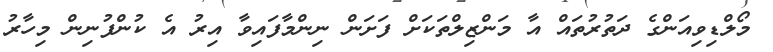
މޯލްޑިވިއަންގެ ދަތުރުތައް އާ މަންޒިލްތަކަށް ފަށަން ނިންމާފައިވާ އިރު އެ ކުންފުނިން މިހާރު